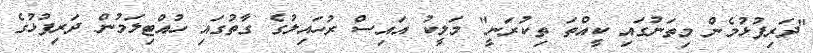
"ދަރިފުޅުމެން މިތަނުގައި ކީއްތަ ތިކުރަނީ" މަލީކު އައިސް ރުހައިލުގެ ގާތުގައި ހުއްޓިލަމުން ދަރިފުޅުގެ